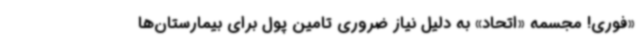
«فوری! مجسمه «اتحاد» به دلیل نیاز ضروری تامین پول برای بیمارستان‌ها